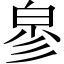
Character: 㣎